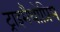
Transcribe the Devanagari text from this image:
ट्राइमैथोप्रिम